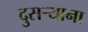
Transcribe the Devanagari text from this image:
दुसर्‍याना